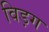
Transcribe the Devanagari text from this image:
विड़ग